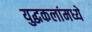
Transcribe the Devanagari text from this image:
युद्धकलांमध्ये